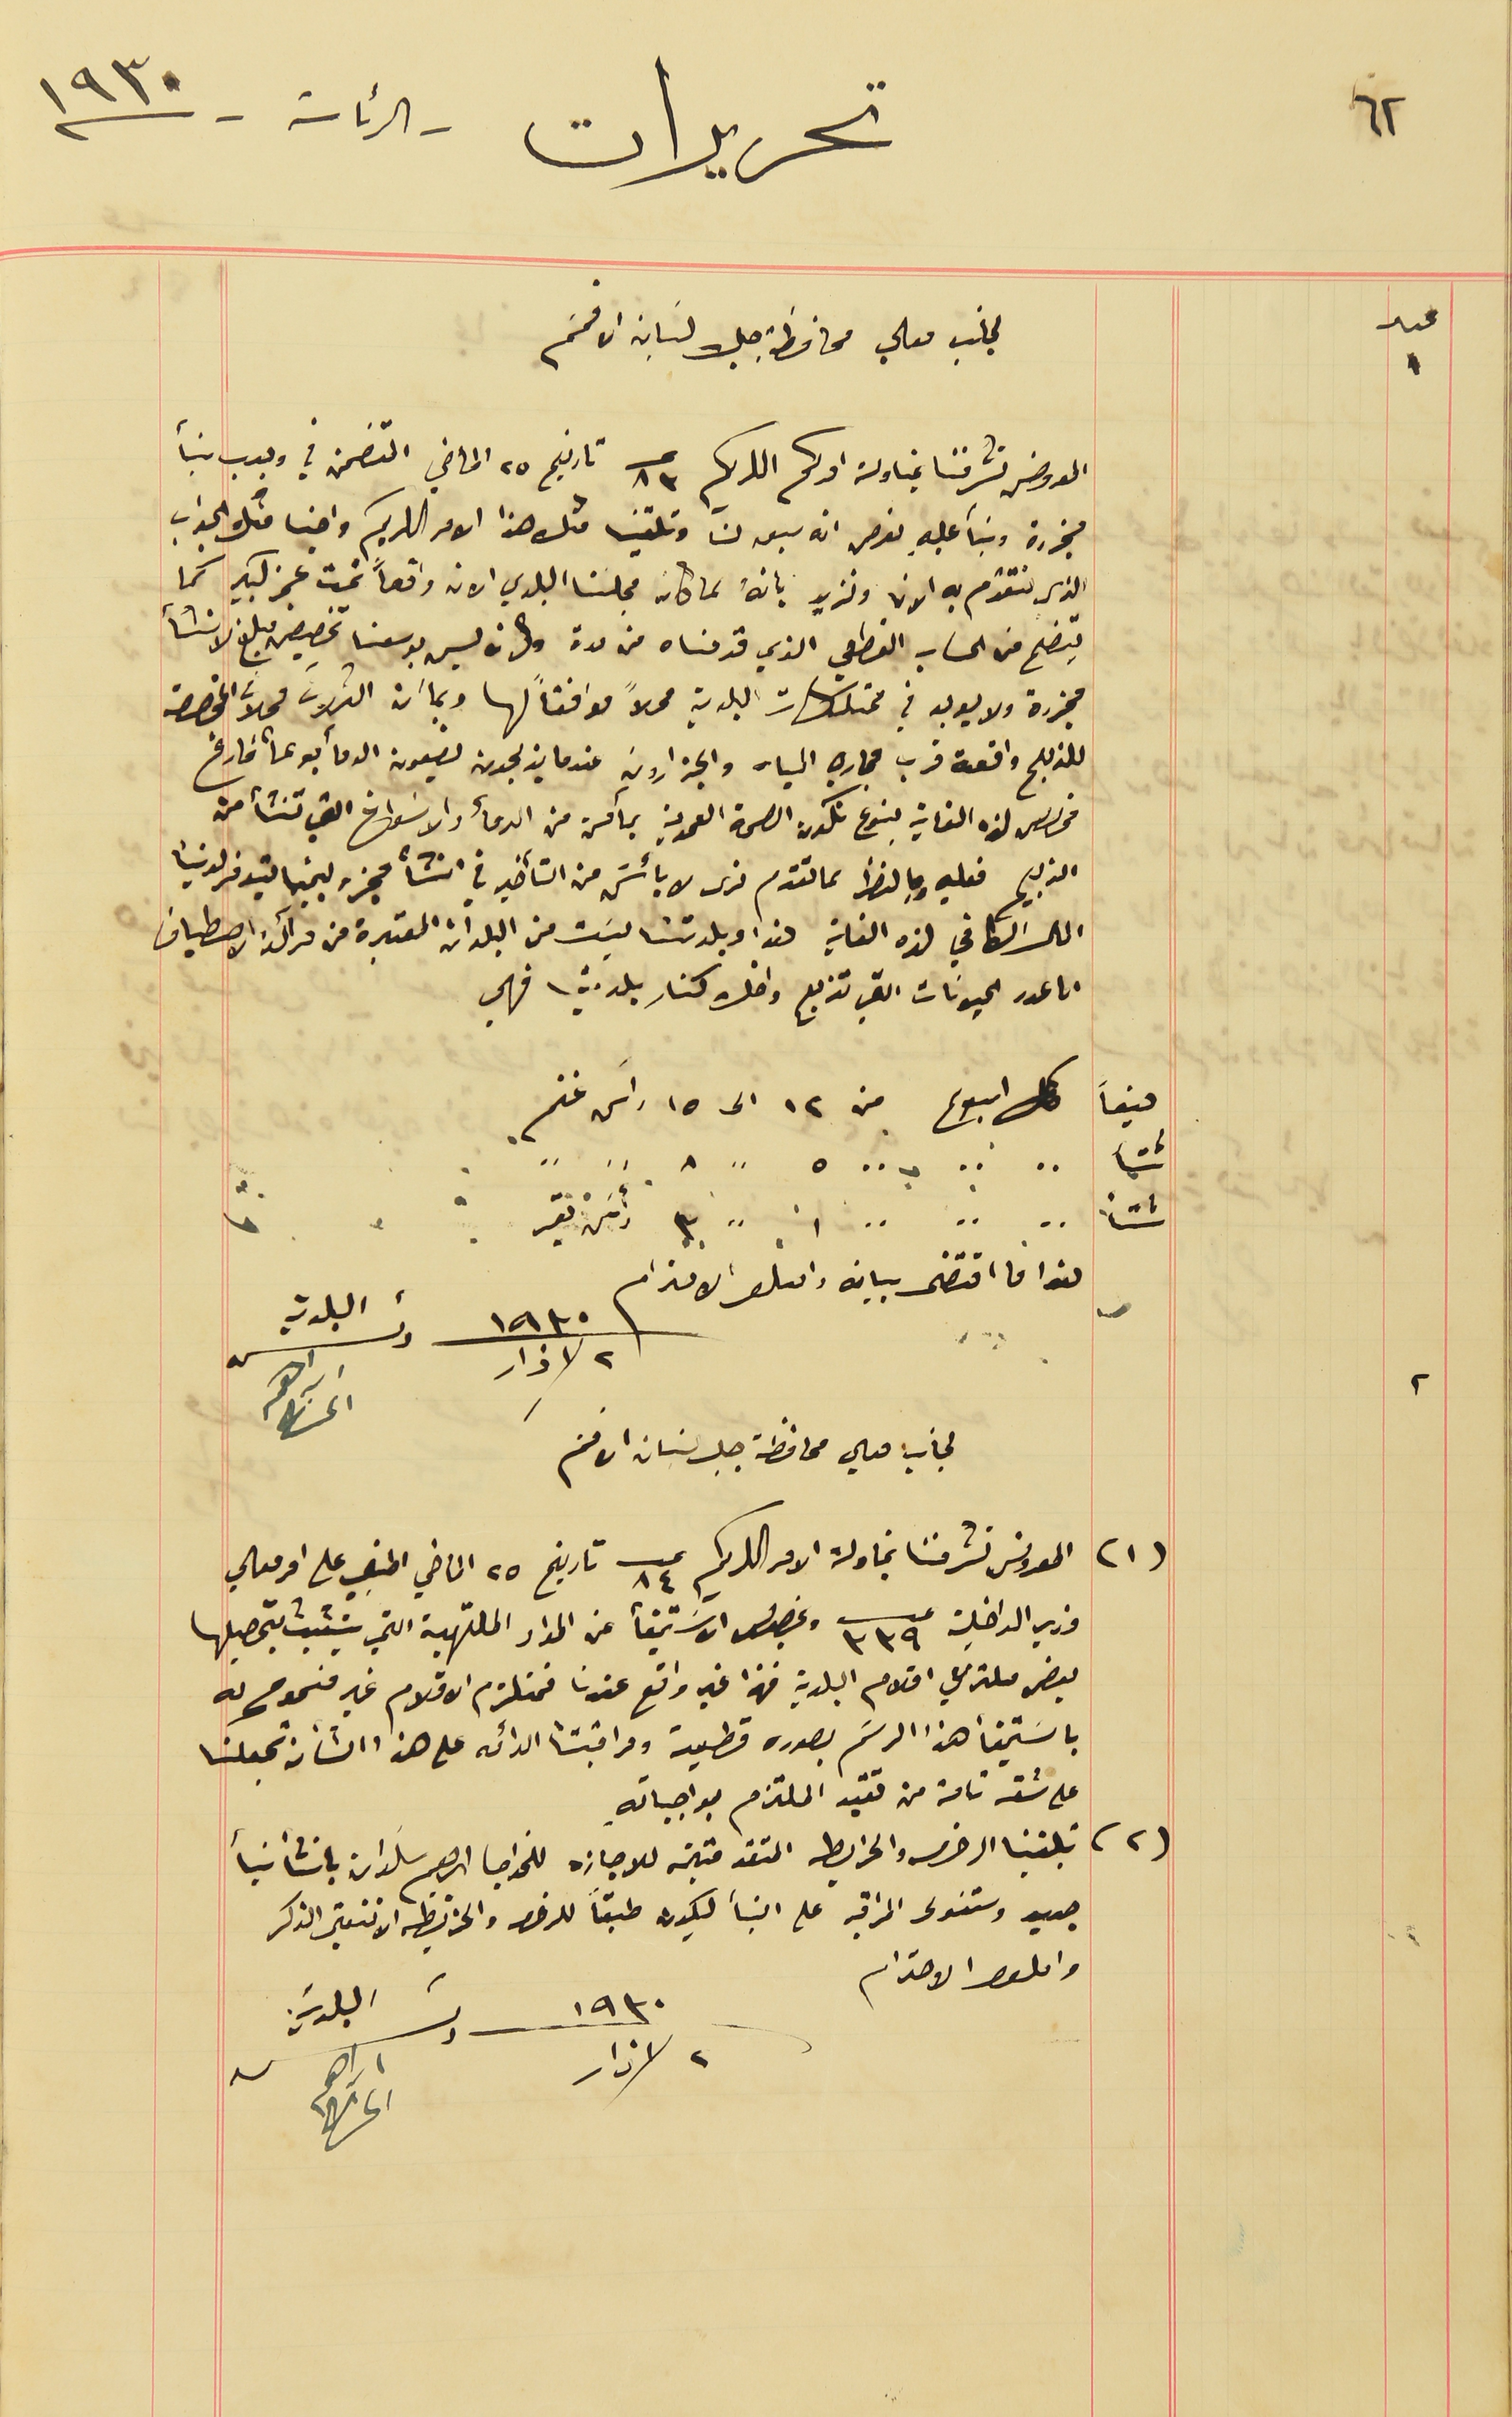
٦٢
  تحريرات - الرئاسة - سنة ١٩٣٠
لجانب معالي محافظ جبل لبنان الافخم
 المعروض تشرفنا بمناولة امركم الكريم عــ ٨٣ تاريخ ٢٥ الماضي المتضمن في وجوب بنأ
مجزرة وبنآ عليهِ نعرص انه سبق لنا وتلقينا مثل هذا الامر الكريم واجنا منك الجواب
الذي نتقدم به الان ونزيد بانهُ لما كان مجلسنا البلدي الان واقعاً تحت عجز كبير كما
 يتضح من الحساب القطعي الذي قدمناه من مدة والان ليس بوسعنا تخصيص مبلغ لانشأ
مجزرة ولا يوجد في ممتلكات البلدية محلاً موافقاً لها وبما ان الثلاث محلات المخصصة
 للذبح واقعة قرب مجاري المياه والجزارون عندما يذبحون يضعون الدمأ بوعأ فارغ
 مخصص لهذه الغاية بنوع تكون الصحة العمومية بمأمن من الدمأ والاسَواخ التي تنشأ من
الذبيح فعليه وبالنظر لما تقدم نرى لا بأسَ من التأخير في انشأ مجزر لحينما يتوفر لدينا
المال الكافي لهذه الغاية هذا وبلدتنا ليسَت من البلدات المعتبرة من مراكز الاصطياف
ان عدد الحيونات التي تذبح داخل كنار بلدتي فهي
صيفاً كل اسبوع من ١٢ الى ١٥ راس غنم.
   شتأً ⸗ ⸗ بـ ⸗ ٥ ⸗ ٨ ⸗ ⸗
 هذا ما اقتضى بيانه واقىلو الاحترام
لجانب معالي محافظة جبل لبنان الافخم
(١) المعروض تشرفنا بمناولة الامر الكريم عدد ٨٤ تاريخ ٢٥ الماضي المبني على امر معالي
 وزير الداخلية عدد ٣٣٩ وبخصوص الاسَتيفأ عن المواد الملتهبة التي يتشبث بتحصيلها
بعض ملتزمي اقلام البلدية فهذا غير واقع عندنا فمتلزم الاقلام غير مسَموح له
باستيفأ هذا الرسَم بصوره قطعية ومراقبتنا الدائمه على هذا الشأن تجعلنا
على ثقه تامة من تقيد الملتزم بواجباته.
(٢) تلقينا الرخصه والخريطه المتقدمتين للاجازه للخواجا ابرهيم سَلوان بانشأ بنأ
جديد وستتولى المراقبه على البنأ ليكون طبقاً للرخصه والخريطه الا تتغير الذكر
واىلوا الاحترام
٢ اذار سنة ١٩٣٠ رئىس البلدية ابراهىم الحىاط
عدد ١
  شتأً ⸗ ⸗  ⸗ ١ ⸗ ٣ رأس بقر
٢ آذار سنة ١٩٣٠ رئىس البلدية ابراهىم الخىاط
٢